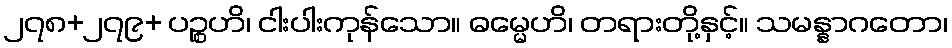
၂၇၈+၂၇၉+ ပဉ္စဟိ၊ ငါးပါးကုန်သော။ ဓမ္မေဟိ၊ တရားတို့နှင့်။ သမန္နာဂတော၊